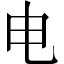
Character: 电